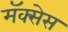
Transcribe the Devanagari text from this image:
मॅक्सेस